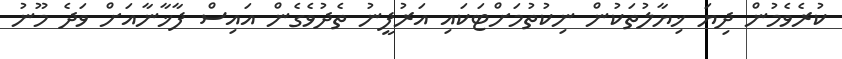
ކުރެވެމުން ދިޔަ ޚިޔާލުތަކުން ނިކުތުމަށްޓަކައި އަރުފީނު ތެދުވެގެން އައިސް ފާޚާނާއަށް ވަދެ މޫނު